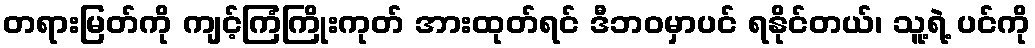
တရားမြတ်ကို ကျင့်ကြံကြိုးကုတ် အားထုတ်ရင် ဒီဘဝမှာပင် ရနိုင်တယ်၊ သူ့ရဲ့ ပင်ကို